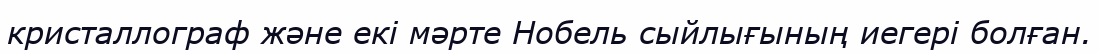
кристаллограф және екі мәрте Нобель сыйлығының иегері болған.